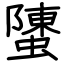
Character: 螴